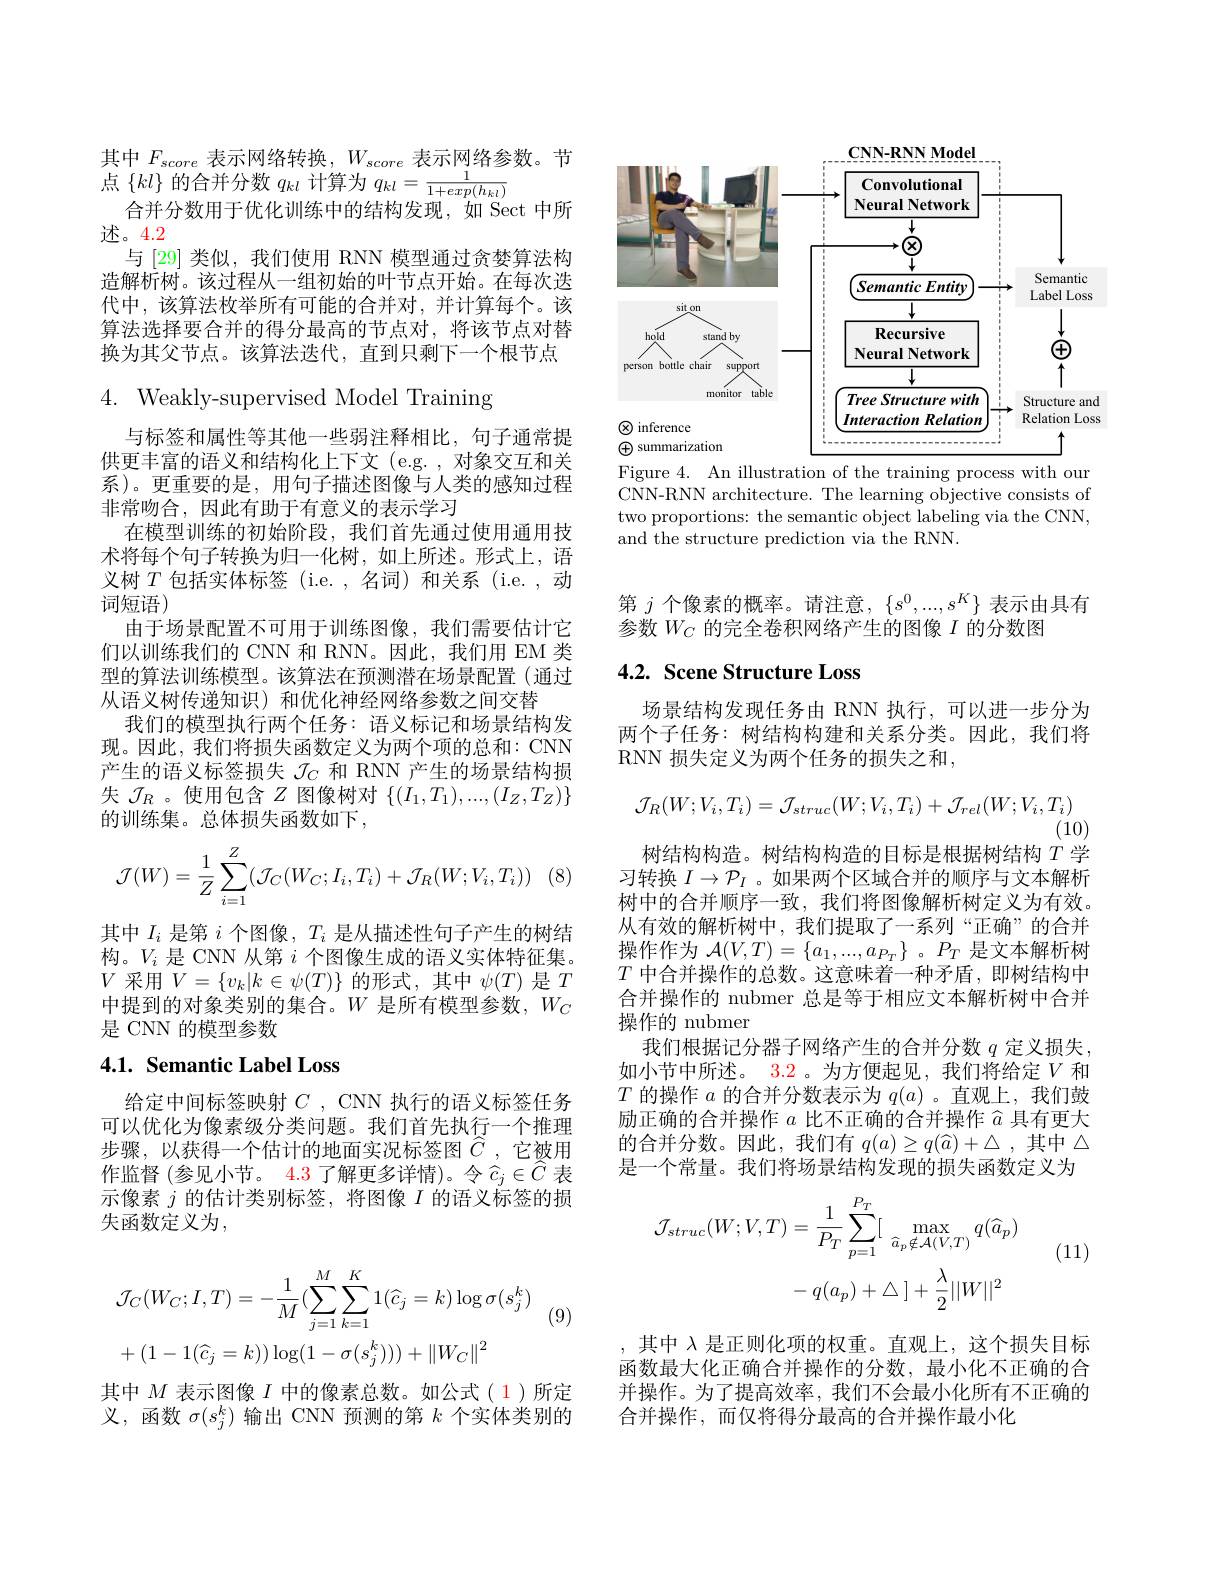
<FigureHere>
Figure 4. An illustration of the training process with our

CNN-RNN architecture. The learning objective consists of two proportions: the semantic object labeling via the CNN, and the structure prediction via the RNN.

其中$F_{score}$表示网络转换，$W_{score}$表示网络参数。节
$\begin{array}{ll}{\text{六}\mid1\text{ score 农小口为一日本 D},\: r\text{ score ANITAH}{2}}\\{\text{点 }\{kl\}\text{ 的合并分数 }q_{kl}\text{ 计算为 }q_{kl}=\frac{1}{1+exp(h_{kl})}}\end{array}$
合并分数用于优化训练中的结构发现，如 Sect 中所
述。4.2
与 [29] 类似，我们使用 RNN 模型通过贪婪算法构造解析树。该过程从一组初始的叶节点开始。在每次迭代中，该算法枚举所有可能的合并对，并计算每个。该算法选择要合并的得分最高的节点对，将该节点对替换为其父节点。该算法迭代，直到只剩下一个根节点4. Weakly-supervised Model Training
与标签和属性等其他一些弱注释相比，句子通常提供更丰富的语义和结构化上下文 (e.g. , 对象交互和关系)。更重要的是，用句子描述图像与人类的感知过程非常吻合，因此有助于有意义的表示学习
在模型训练的初始阶段，我们首先通过使用通用技术将每个句子转换为归一化树，如上所述。形式上，语义树$T$包括实体标签 (i.e. ,名词) 和关系 (i.e. , 动词短语)
由于场景配置不可用于训练图像，我们需要估计它们以训练我们的 CNN 和 RNN。因此，我们用 EM 类型的算法训练模型。该算法在预测潜在场景配置(通过从语义树传递知识)和优化神经网络参数之间交替
我们的模型执行两个任务：语义标记和场景结构发现。因此，我们将损失函数定义为两个项的总和：CNN 产生的语义标签损失$\mathcal{J}_C$和 RNN 产生的场景结构损失$\mathcal{J}_R$ 。使用包含$Z$图像树对$\{(I_1,T_1),...,(I_Z,T_Z)\}$ 的训练集。总体损失函数如下，
$$\mathcal{J}(W)=\dfrac{1}{Z}\sum_{i=1}^{Z}(\mathcal{J}_{C}(W_{C};I_{i},T_{i})+\mathcal{J}_{R}(W;V_{i},T_{i}))$$
其中$I_i$是第$i$个图像，$T_i$是从描述性句子产生的树结构。$V_i$是 CNN 从第$i$个图像生成的语义实体特征集。$V$采用$V=\{v_k|k\in\psi(T)\}$的形式，其中$\psi(T)$是$T$ 中提到的对象类别的集合。$W$是所有模型参数，$W_C$ 是 CNN 的模型参数
4.1. Semantic Label Loss
给定中间标签映射$C$ , CNN 执行的语义标签任务

可以优化为像素级分类问题。我们首先执行一个推理步骤，以获得一个估计的地面实况标签图$\hat{C}$,它被用作监督 (参见小节。$\color{red}{4.3}$ 了解更多详情)。令$\overset{\cdot}{\operatorname*{\hat{c}}}_j\in\hat{\hat{C}}$ 表示像素$j$的估计类别标签，将图像$I$的语义标签的损失函数定义为，
$$\begin{aligned}&\mathcal{J}_{C}(W_{C};I,T)=-\frac{1}{M}(\sum_{j=1}^{M}\sum_{k=1}^{K}1(\widehat{c}_{j}=k)\log\sigma(s_{j}^{k})\\&+(1-1(\widehat{c}_{j}=k))\log(1-\sigma(s_{j}^{k})))+\|W_{C}\|^{2}\end{aligned}$$
$^{'}9)$

其中$M$表示图像$I$中的像素总数。如公式(1)所定义，函数$\sigma(s_j^k)$输出 CNN 预测的第$k$个实体类别的

第$j$个像素的概率。请注意，$\{s^0,...,s^K\}$表示由具有
参数$W_C$的完全卷积网络产生的图像$I$的分数图

## 4.2. Scene Structure Loss
$$\mathcal J_R(W;V_i,T_i)=\mathcal J_{struc}(W;V_i,T_i)+\mathcal J_{rel}(W;V_i,T_i)$$
(10)
树结构构造。树结构构造的目标是根据树结构$T$学

场景结构发现任务由 RNN 执行，可以进一步分为两个子任务：树结构构建和关系分类。因此，我们将RNN 损失定义为两个任务的损失之和，
习转换$I\to\mathcal{P}_I$ 。如果两个区域合并的顺序与文本解析树中的合并顺序一致，我们将图像解析树定义为有效。从有效的解析树中，我们提取了一系列“正确”的合并操作作为$\mathcal{A}(V,T)=\{a_1,...,a_{P_T}\}$ 。$P_T$是文本解析树$T$中合并操作的总数。这意味着一种矛盾，即树结构中合并操作的 nubmer 总是等于相应文本解析树中合并操作的 nubmer
我们根据记分器子网络产生的合并分数 $q$ 定义损失， 如小节中所述。3.2 。为方便起见，我们将给定$V$和$T$的操作$a$的合并分数表示为$q(a)$ 。直观上，我们鼓励正确的合并操作$a$比不正确的合并操作$\widehat{a}$具有更大的合并分数。因此，我们有$q(a)\geq q(\widehat{a})+\triangle$ ,其中$\Delta$ 是一个常量。我们将场景结构发现的损失函数定义为
$$\begin{aligned}\mathcal{J}_{struc}(W;V,T)&=\frac{1}{P_{T}}\sum_{p=1}^{P_{T}}[\max_{\widehat{a}_{p}\notin\mathcal{A}(V,T)}q(\widehat{a}_{p})\\&-\:q(a_{p})+\triangle\:]+\frac{\lambda}{2}||W||^{2}\end{aligned}$$
(11)

,其中$\lambda$是正则化项的权重。直观上，这个损失目标函数最大化正确合并操作的分数，最小化不正确的合并操作。为了提高效率，我们不会最小化所有不正确的合并操作，而仅将得分最高的合并操作最小化